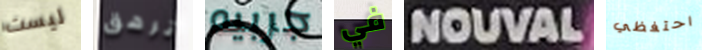
ليست ترهق جربيه في NOUVAL احتفظي